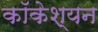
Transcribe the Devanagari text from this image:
कॉकेश्यन